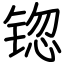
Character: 锪